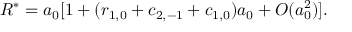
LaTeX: { \cal R } ^ { * } = a _ { 0 } [ 1 + ( r _ { 1 , 0 } + c _ { 2 , - 1 } + c _ { 1 , 0 } ) a _ { 0 } + { \cal O } ( a _ { 0 } ^ { 2 } ) ] .